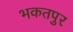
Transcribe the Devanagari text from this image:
भकतपुर